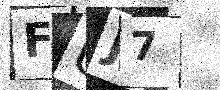
Text: FUJ7